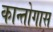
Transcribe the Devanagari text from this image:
कान्तोगास